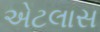
એટલાસ